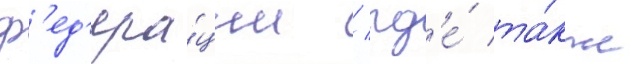
ф'ед'ера́ции / гд'е́ та́кже